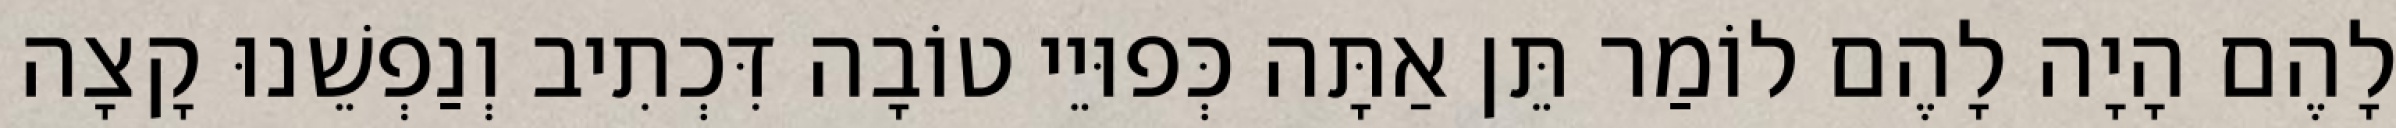
לָהֶם הָיָה לָהֶם לוֹמַר תֵּן אַתָּה כְּפוּיֵי טוֹבָה דִּכְתִיב וְנַפְשֵׁנוּ קָצָה